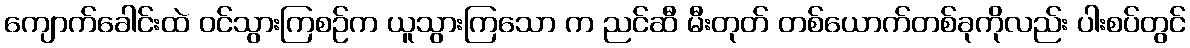
ကျောက်ခေါင်းထဲ ဝင်သွားကြစဉ်က ယူသွားကြသော က ညင်ဆီ မီးတုတ် တစ်ယောက်တစ်ခုကိုလည်း ပါးစပ်တွင်